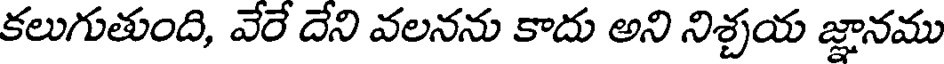
కలుగుతుంది, వేరే దేని వలనను కాదు అని నిశ్చయ జ్ఞానము